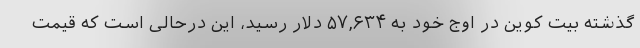
گذشته بیت کوین در اوج خود به ۵۷,۶۳۴ دلار رسید، این درحالی است که قیمت